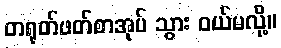
တရုတ်ဖတ်စာအုပ် သွား ဝယ်မလို့။